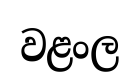
වළංල